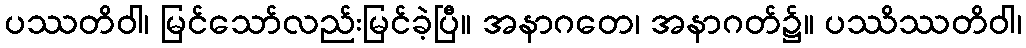
ပဿတိဝါ၊ မြင်သော်လည်းမြင်ခဲ့ပြီ။ အနာဂတေ၊ အနာဂတ်၌။ ပဿိဿတိဝါ၊